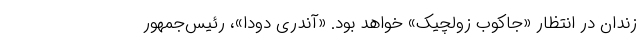
زندان در انتظار «جاکوب زولچیک» خواهد بود. «آندری دودا»، رئیس‌جمهور